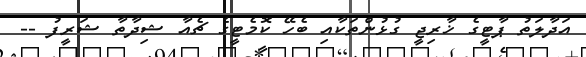
އަދާލަތު ޕާޓީގެ ޚާރިޖީ ގުޅުންތަކާއި ބެހޭ ކޮމެޓީގެ ޗެއާ ޝިދާތާ ޝަރީފު --